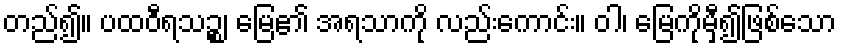
တည်၍။ ပထဝီရသဉ္စ၊ မြေ၏ အရသာကို လည်းကောင်း။ ဝါ၊ မြေကိုမှီ၍ဖြစ်သော